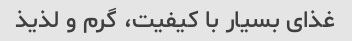
غذای بسیار با کیفیت، گرم و لذیذ